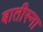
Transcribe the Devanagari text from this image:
बातीस्ना